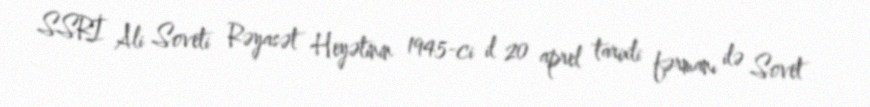
SSRİ Ali Soveti Rəyasət Heyətinin 1945-ci il 20 aprel tarixli fərmanı ilə Sovet